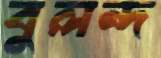
বুলন্দ